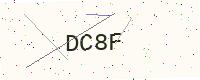
Text: DC8F